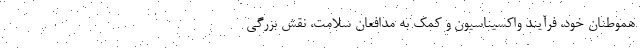
هموطنان خود، فرآیند واکسیناسیون و کمک به مدافعان سلامت، نقش بزرگی